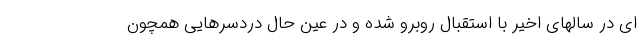
ای در سالهای اخیر با استقبال روبرو شده و در عین حال دردسرهایی همچون